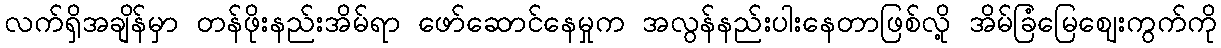
လက်ရှိအချိန်မှာ တန်ဖိုးနည်းအိမ်ရာ ဖော်ဆောင်နေမှုက အလွန်နည်းပါးနေတာဖြစ်လို့ အိမ်ခြံမြေဈေးကွက်ကို